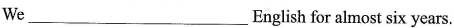
We___English for almost six years.